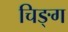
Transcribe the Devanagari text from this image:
चिङ्ग